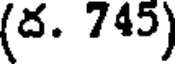
(ద. 745)